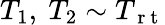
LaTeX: T_{1},\ T_{2}\sim T_{\mathrm{~r~t~}}